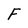
Character: F